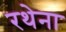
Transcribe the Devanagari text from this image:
रथेना